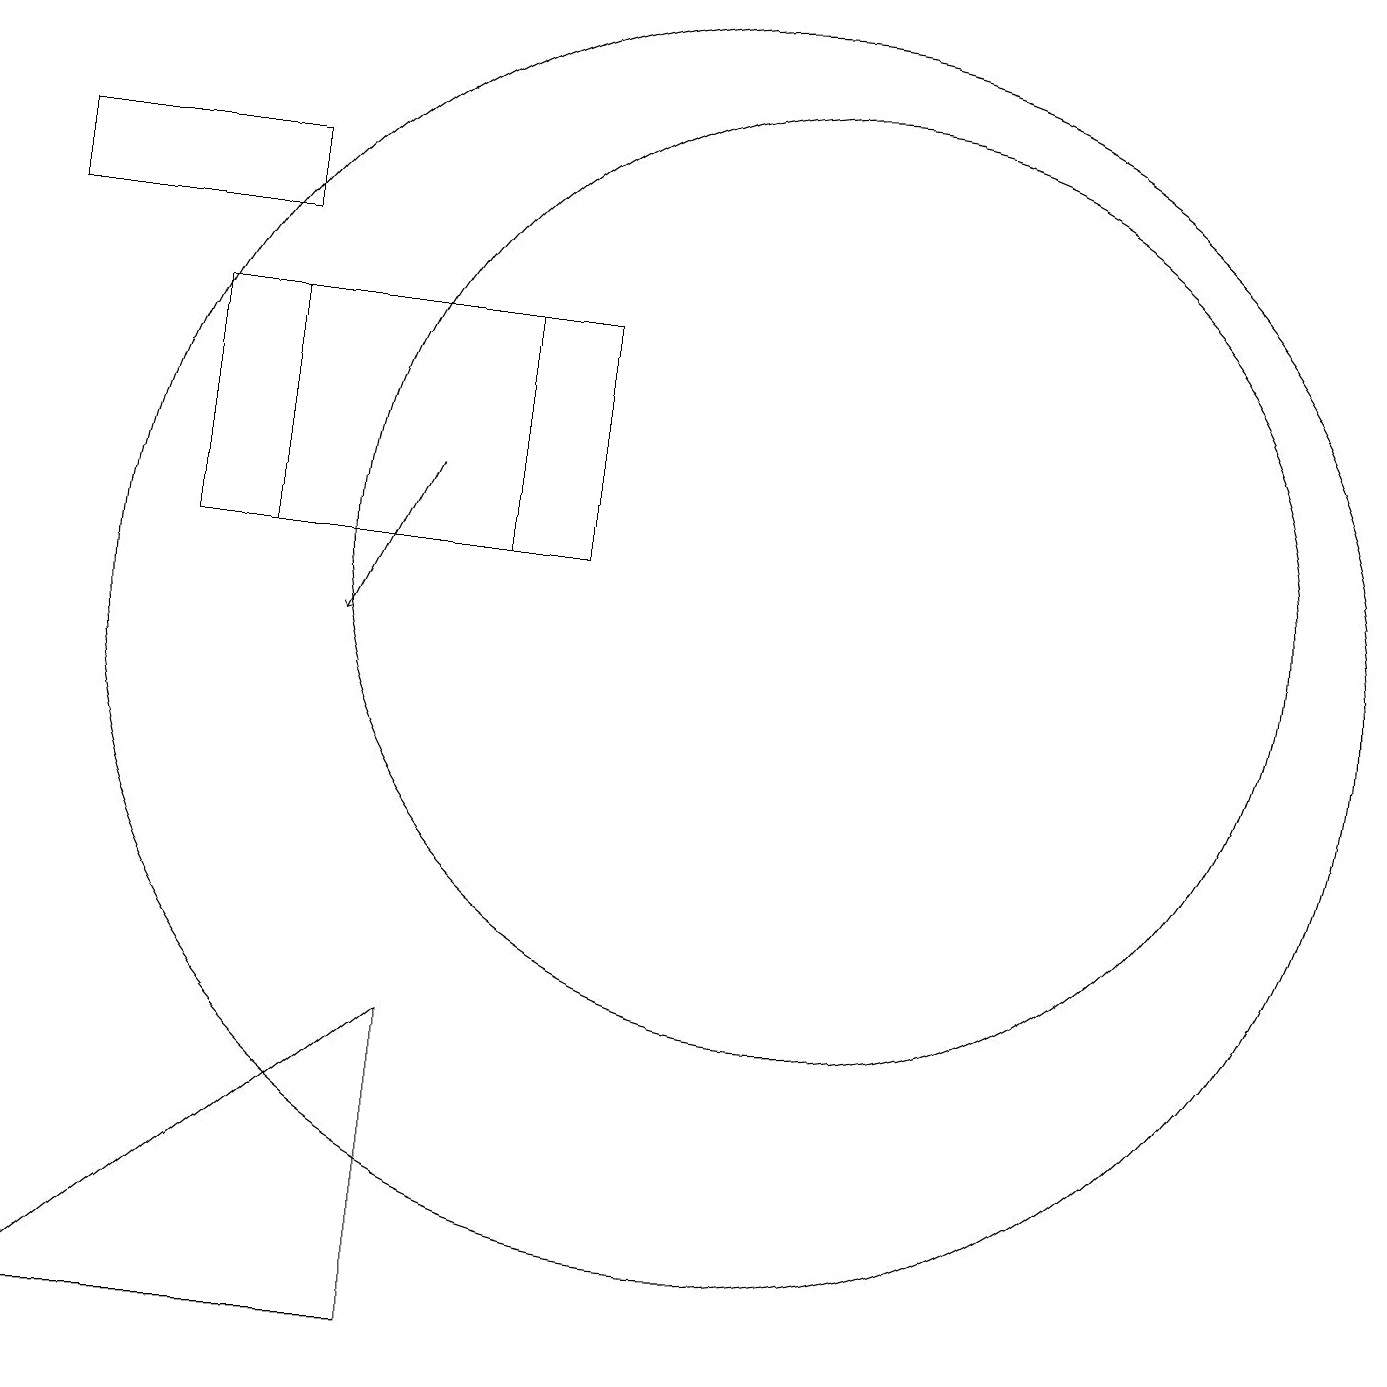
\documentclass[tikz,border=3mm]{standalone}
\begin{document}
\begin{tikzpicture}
\draw (11,12) circle (6);
\draw (4,12) rectangle (8,15);
\draw (1,2) -- (6,2) -- (6,6) -- cycle;
\draw (1,16) rectangle (4,17);
\draw[->] (6,13) -- (5,11);
\draw (7,15) rectangle (3,12);
\draw (10,11) circle (8);
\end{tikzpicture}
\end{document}